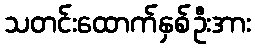
သတင်းထောက်နှစ်ဦးအား